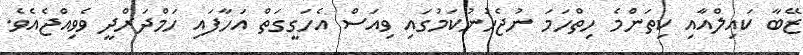
ޒޭބާ ކައިލްއާއި ކިތަންމެ ހިތްހަމަ ނުޖެހުނުކަމުގައި ވިއަސް އެހަގީގަތް އަހާފައި ހަމްދަރްދީ ވެވިއްޖެއެވެ.